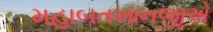
મહાબતખાનજીએ